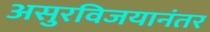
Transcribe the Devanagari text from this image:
असुरविजयानंतर